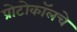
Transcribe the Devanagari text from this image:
प्रोटोकॉलचे